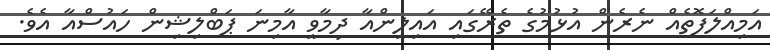
އަމިއްލަފޮތެއް ނެރެން އުޅުމުގެ ތެރޭގައި އައިލީންއާ ދިމާވީ އާމިނަ ޕަބްލިޝިން ހައުސްއާ އެވެ.